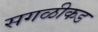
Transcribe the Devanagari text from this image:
सगळीकड